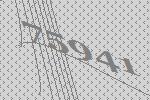
75941